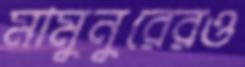
মামুনুরেরও